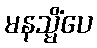
မနသ္မိံပေ